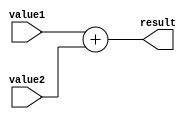
`timescale 1ns / 1ps
//////////////////////////////////////////////////////////////////////////////////
// Company: 
// Engineer: 
// 
// Design Name: 
// Module Name:    adder 
// Project Name: 
// Target Devices: 
// Tool versions: 
// Description: 
//
// Dependencies: 
//
// Revision: 
// Revision 0.01 - File Created
// Additional Comments: 
//
//////////////////////////////////////////////////////////////////////////////////
module adder
	#(
		parameter B=32 // ancho de la direccion
	)
	(
		input wire [B-1:0] value1,
		input wire [B-1:0] value2,
		output wire [B-1:0] result
   );
	
	assign result = value1 + value2;

endmodule